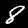
Label: 8